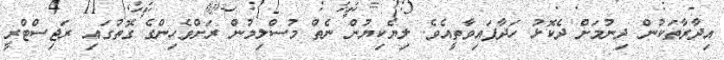
އިދާރާތަކުން ދިނުމަށް ދެކޮޅު ހަދާފައިވާތީއެވެ. ލިޔެކިޔުން ނެތް މުސްލިމުން ރަށްވެހިންގެ ގޮތުގައި ރަޖިސްޓްރީ